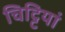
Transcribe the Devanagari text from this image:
चिट्टियां